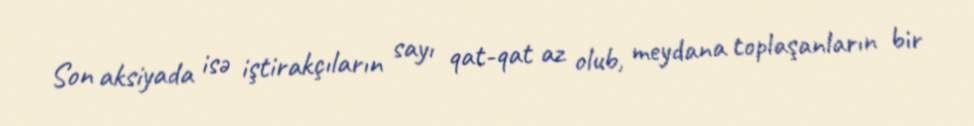
Son aksiyada isə iştirakçıların sayı qat-qat az olub, meydana toplaşanların bir